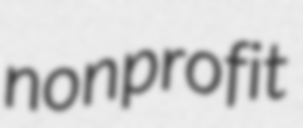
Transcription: nonprofit